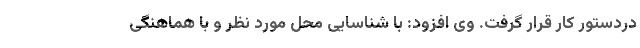
دردستور کار قرار گرفت. وی افزود: با شناسایی محل مورد نظر و با هماهنگی